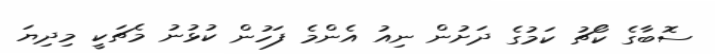
ސޮބާގެ ކޯޗު ކަމުގެ ދަށުން ނިއު އެންމެ ފަހުން ކުޅުނު މެޗަކީ މިދިޔަ